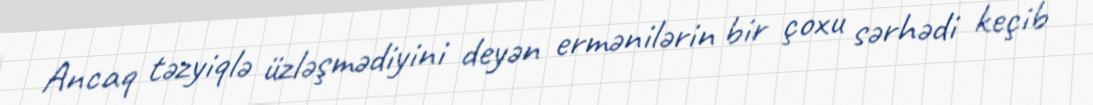
Ancaq təzyiqlə üzləşmədiyini deyən ermənilərin bir çoxu sərhədi keçib